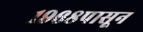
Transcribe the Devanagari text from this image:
१९६८पासून